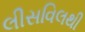
લીસવિલથી